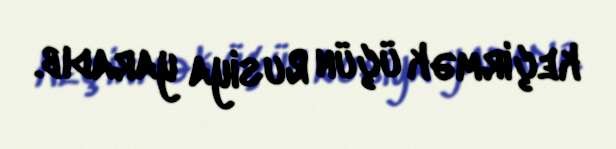
keçirmək üçün Rusiya yaradıb.